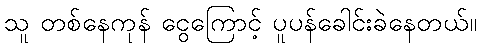
သူ တစ်နေကုန် ငွေကြောင့် ပူပန်ခေါင်းခဲနေတယ်။